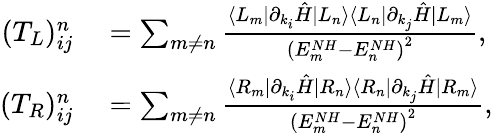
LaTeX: \begin{array}{rl}{(T_{L})_{ij}^{n}}&{{}=\sum_{m\neq n}\frac{\langle L_{m}|\partial_{k_{i}}\hat{H}|L_{n}\rangle\langle L_{n}|\partial_{k_{j}}\hat{H}|L_{m}\rangle}{{(E_{m}^{NH}-E_{n}^{NH})}^{2}},}\\ {(T_{R})_{ij}^{n}}&{{}=\sum_{m\neq n}\frac{\langle R_{m}|\partial_{k_{i}}\hat{H}|R_{n}\rangle\langle R_{n}|\partial_{k_{j}}\hat{H}|R_{m}\rangle}{{(E_{m}^{NH}-E_{n}^{NH})}^{2}},}\end{array}